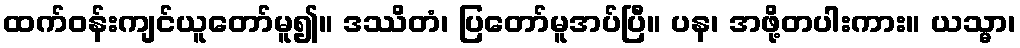
ထက်ဝန်းကျင်ယူတော်မူ၍။ ဒဿိတံ၊ ပြတော်မူအပ်ပြီ။ ပန၊ အဖို့တပါးကား။ ယသ္မာ၊